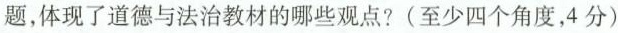
题，体现了道德与法治教材的哪些观点?(至少四个角度，4分)